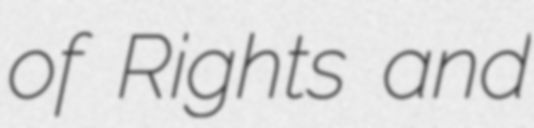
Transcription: of Rights and